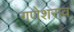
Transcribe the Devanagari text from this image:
गणेशराव